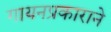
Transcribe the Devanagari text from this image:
गायनप्रकाराने